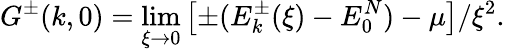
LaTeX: G^{\pm}(k,0)=\operatorname*{lim}_{\xi\to 0}\left[\pm(E_{k}^{\pm}(\xi)-E_{0}^{N})-\mu\right]/\xi^{2}.